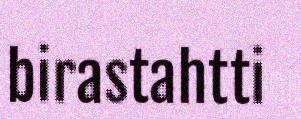
birastahtti